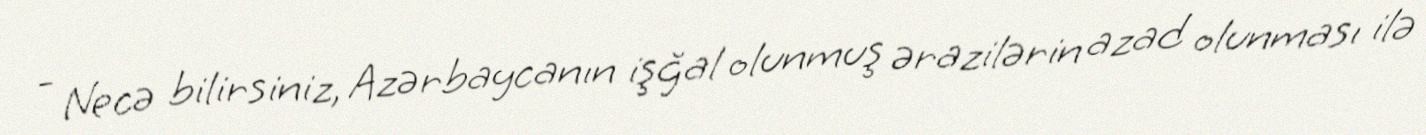
- Necə bilirsiniz, Azərbaycanın işğal olunmuş ərazilərin azad olunması ilə